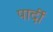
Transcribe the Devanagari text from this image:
पार्दी